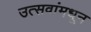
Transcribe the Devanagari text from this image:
उत्सवांमधून